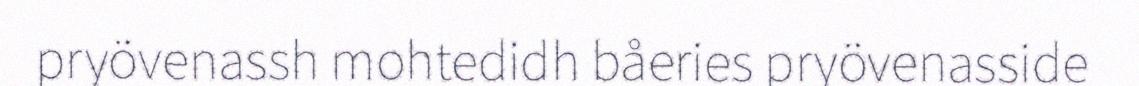
pryövenassh mohtedidh båeries pryövenasside